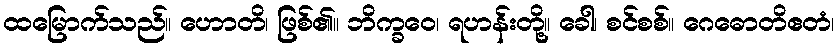
ထမြောက်သည်။ ဟောတိ၊ ဖြစ်၏။ ဘိက္ခဝေ၊ ရဟန်းတို့။ ခေါ၊ စင်စစ်။ ဂေဓောတိဧတံ၊